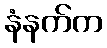
နံနက်က